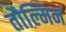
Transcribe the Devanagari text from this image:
तौल्मिन